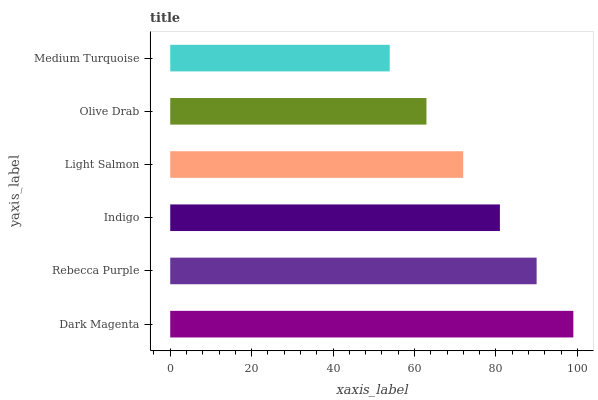
| yaxis_label | bars |
 | --- | --- |
 | Dark Magenta | 99 |
 | Rebecca Purple | 90 |
 | Indigo | 81 |
 | Light Salmon | 71.9 |
 | Olive Drab | 62.9 |
 | Medium Turquoise | 53.9 |